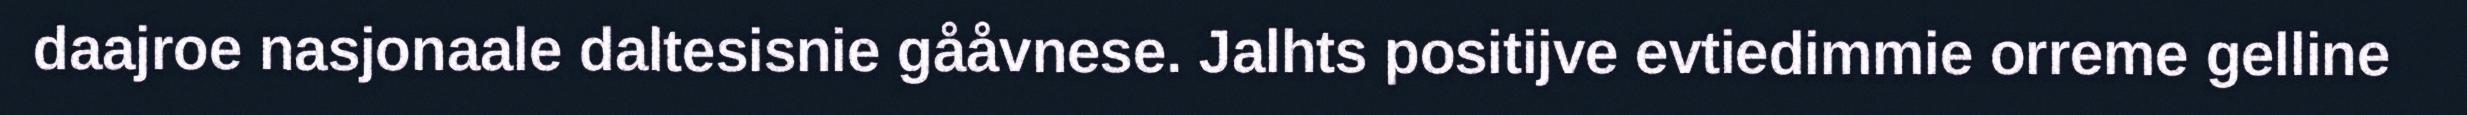
daajroe nasjonaale daltesisnie gååvnese. Jalhts positijve evtiedimmie orreme gelline